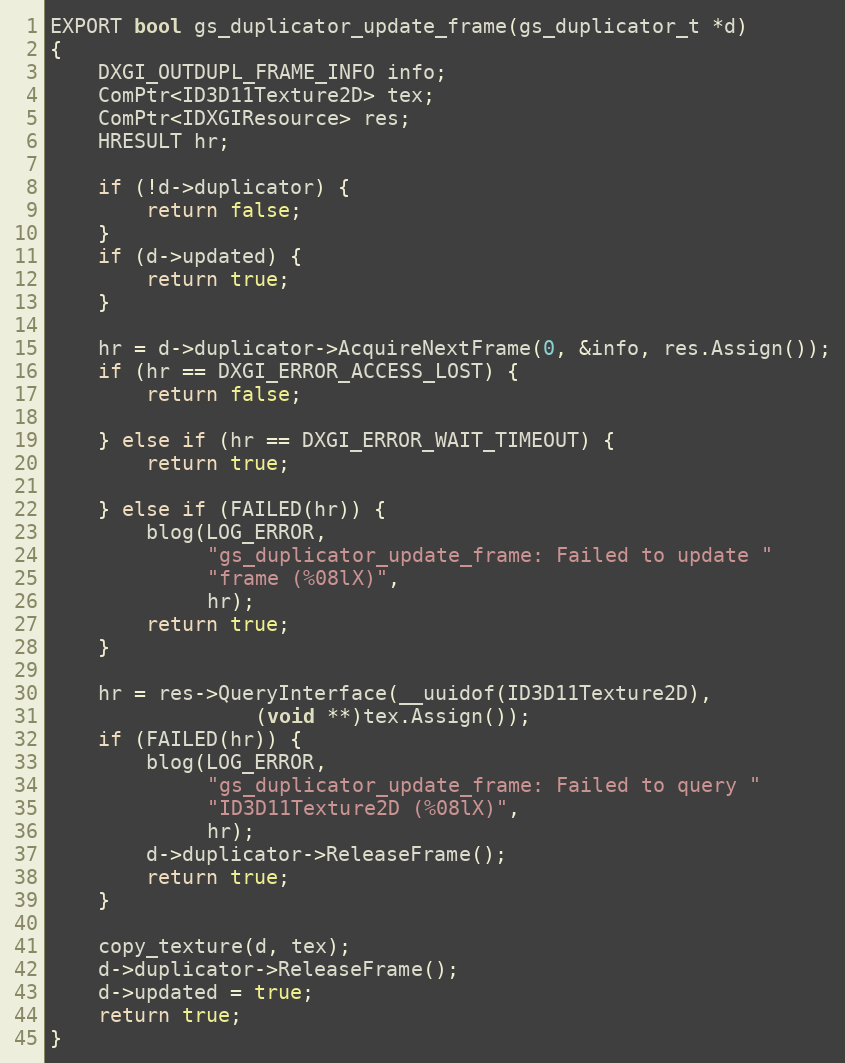
Language: C++
EXPORT bool gs_duplicator_update_frame(gs_duplicator_t *d)
{
	DXGI_OUTDUPL_FRAME_INFO info;
	ComPtr<ID3D11Texture2D> tex;
	ComPtr<IDXGIResource> res;
	HRESULT hr;

	if (!d->duplicator) {
		return false;
	}
	if (d->updated) {
		return true;
	}

	hr = d->duplicator->AcquireNextFrame(0, &info, res.Assign());
	if (hr == DXGI_ERROR_ACCESS_LOST) {
		return false;

	} else if (hr == DXGI_ERROR_WAIT_TIMEOUT) {
		return true;

	} else if (FAILED(hr)) {
		blog(LOG_ERROR,
		     "gs_duplicator_update_frame: Failed to update "
		     "frame (%08lX)",
		     hr);
		return true;
	}

	hr = res->QueryInterface(__uuidof(ID3D11Texture2D),
				 (void **)tex.Assign());
	if (FAILED(hr)) {
		blog(LOG_ERROR,
		     "gs_duplicator_update_frame: Failed to query "
		     "ID3D11Texture2D (%08lX)",
		     hr);
		d->duplicator->ReleaseFrame();
		return true;
	}

	copy_texture(d, tex);
	d->duplicator->ReleaseFrame();
	d->updated = true;
	return true;
}